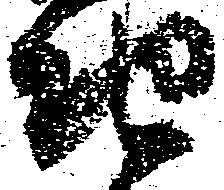
地